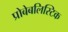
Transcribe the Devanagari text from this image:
प्रोबेबलिस्टिक